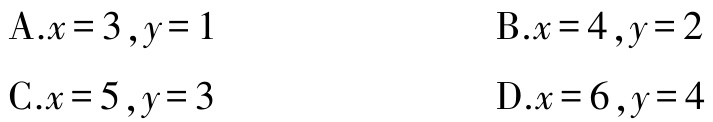
A.$x = 3,y = 1$

B.$x = 4,y = 2$

C.$x = 5,y = 3$

D.$x = 6,y = 4$